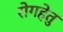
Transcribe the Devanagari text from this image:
रोगहेतु